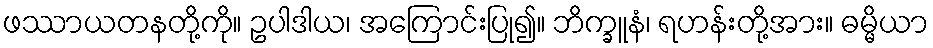
ဖဿာယတနတို့ကို။ ဥပါဒါယ၊ အကြောင်းပြု၍။ ဘိက္ခူနံ၊ ရဟန်းတို့အား။ ဓမ္မိယာ